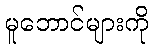
မူဘောင်များကို